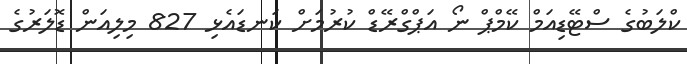
ކްލަބުގެ ސްޓޭޑިއަމް ކޭމްޕް ނޯ އަޕްގްރޭޑް ކުރުމަށް ކަނޑައެޅި 827 މިލިއަން ޑޮލަރުގެ